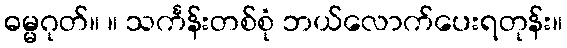
ဓမ္မဂုတ်။ ။ သင်္ကန်းတစ်စုံ ဘယ်လောက်ပေးရတုန်း။